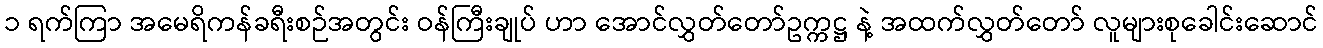
၁ ရက်ကြာ အမေရိကန်ခရီးစဉ်အတွင်း ဝန်ကြီးချုပ် ဟာ အောင်လွှတ်တော်ဥက္ကဋ္ဌ နဲ့ အထက်လွှတ်တော် လူများစုခေါင်းဆောင်